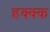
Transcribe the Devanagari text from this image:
हक्क्क